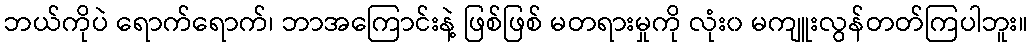
ဘယ်ကိုပဲ ရောက်ရောက်၊ ဘာအကြောင်းနဲ့ ဖြစ်ဖြစ် မတရားမှုကို လုံး၀ မကျူးလွန်တတ်ကြပါဘူး။